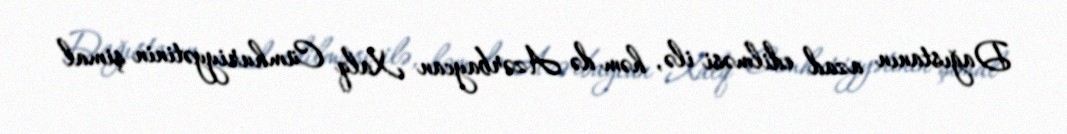
Dağıstanın azad edilməsi ilə, həm də Azərbaycan Xalq Cümhuriyyətinin şimal